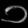
Digit: ၁